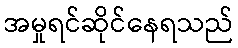
အမှုရင်ဆိုင်နေရသည်